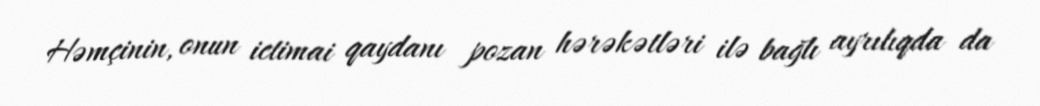
Həmçinin, onun ictimai qaydanı pozan hərəkətləri ilə bağlı ayrılıqda da